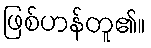
ဖြစ်ဟန်တူ၏။